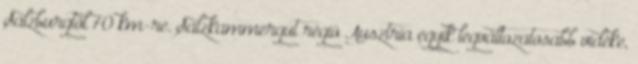
Salzburgtól 70 km-re. Salzkammergut régió Ausztria egyik legváltozatosabb vidéke,